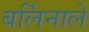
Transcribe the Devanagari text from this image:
बर्लिनाले